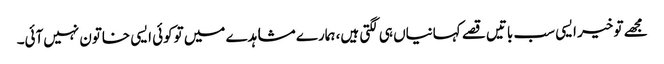
مجھے تو خیر ایسی سب باتیں قصے کہانیاں ہی لگتی ہیں، ہمارے مشاہدے میں توکوئی ایسی خاتون نہیں‌آئی۔